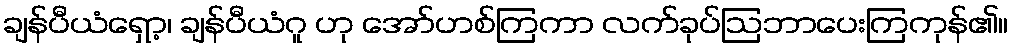
ချန်ပီယံရှော့၊ ချန်ပီယံဂူ ဟု အော်ဟစ်ကြကာ လက်ခုပ်ဩဘာပေးကြကုန်၏။